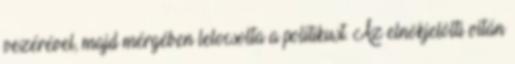
vezérével, majd mérgében lelocsolta a politikust. Az elnökjelölti vitán